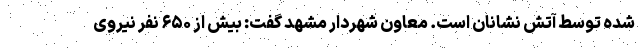
شده توسط آتش نشانان است. معاون شهردار مشهد گفت: بیش از ۶۵۰ نفر نیروی